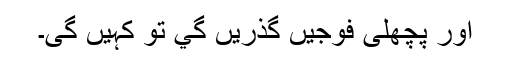
اور پچھلی فوجیں گذریں گي تو کہیں گی۔